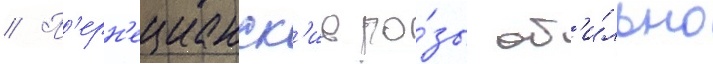
// П'ерн'ецианск'ие ро́зы об'и́льно